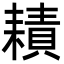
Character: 耫